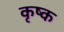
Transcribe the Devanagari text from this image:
कृष्क